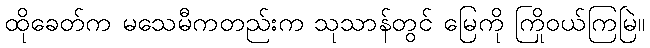
ထိုခေတ်က မသေမီကတည်းက သုသာန်တွင် မြေကို ကြိုဝယ်ကြမြဲ။